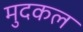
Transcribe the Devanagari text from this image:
मुदकल